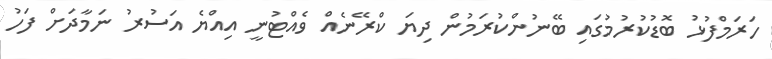
ހަރަމްފުޅު ބޮޑުކުރުމުގައި ބޭނުންކުރަމުން ދިޔަ ކްރޭނެއް ވެެއްޓުނީ އިއްޔެ އަަސުރު ނަމާދަށް ފަހު